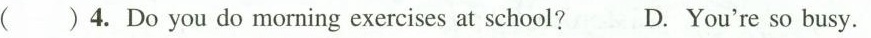
( )4.Do you do morning exercises at school? D. You're so busy.